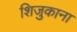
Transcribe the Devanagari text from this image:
शिजुकाना